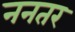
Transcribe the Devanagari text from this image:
ननतर